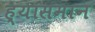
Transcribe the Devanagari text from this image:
ह्यासमान